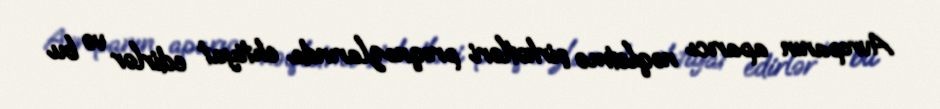
Avropanın aparıcı nəqletmə şirkətləri proqnozlarında ehtiyat edirlər və bu